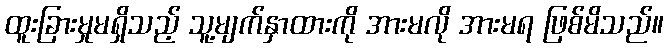
ထူးခြားမှုမရှိသည့် သူ့မျက်နှာထားကို အားမလို အားမရ ဖြစ်မိသည်။